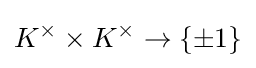
K^{\times }\times K^{\times }\to \{\pm 1\}